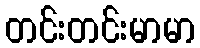
တင်းတင်းမာမာ